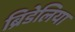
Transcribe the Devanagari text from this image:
ब्रिडेलिया